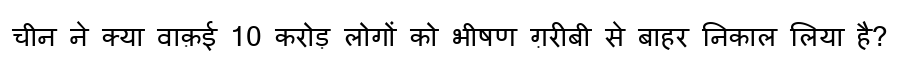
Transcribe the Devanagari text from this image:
चीन ने क्या वाक़ई 10 करोड़ लोगों को भीषण ग़रीबी से बाहर निकाल लिया है?